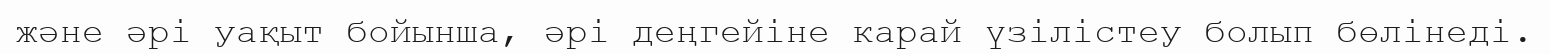
және әрі уақыт бойынша, әрі деңгейіне карай үзілістеу болып бөлінеді.